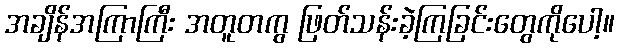
အချိန်အကြာကြီး အတူတကွ ဖြတ်သန်းခဲ့ကြခြင်းတွေကိုပေါ့။